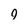
Character: 9